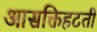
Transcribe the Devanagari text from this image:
आसक्तिहटती